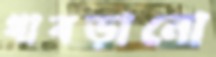
ধাবড়ানো